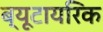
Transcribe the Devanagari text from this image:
ब्यूटायरिक